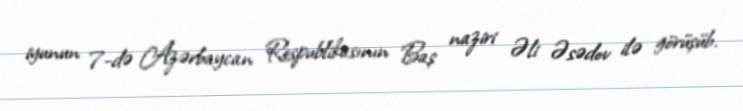
iyunun 7-də Azərbaycan Respublikasının Baş naziri Əli Əsədov ilə görüşüb.